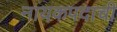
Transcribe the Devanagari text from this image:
नायकपदाची